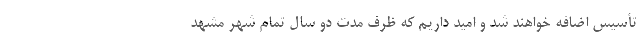
تأسیس اضافه خواهند شد و امید داریم که ظرف مدت دو سال تمام شهر مشهد